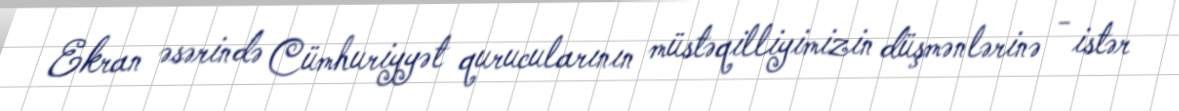
Ekran əsərində Cümhuriyyət qurucularının müstəqilliyimizin düşmənlərinə - istər